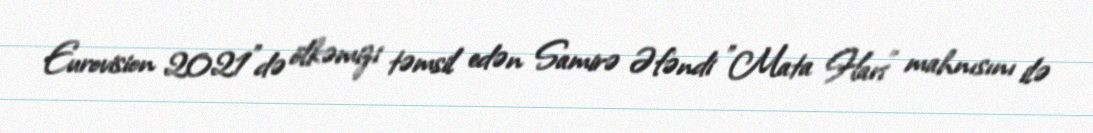
Eurovision 2021"də ölkəmizi təmsil edən Samirə Əfəndi "Mata Hari" mahnısını ilə